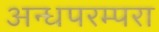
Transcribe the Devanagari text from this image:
अन्धपरम्परा